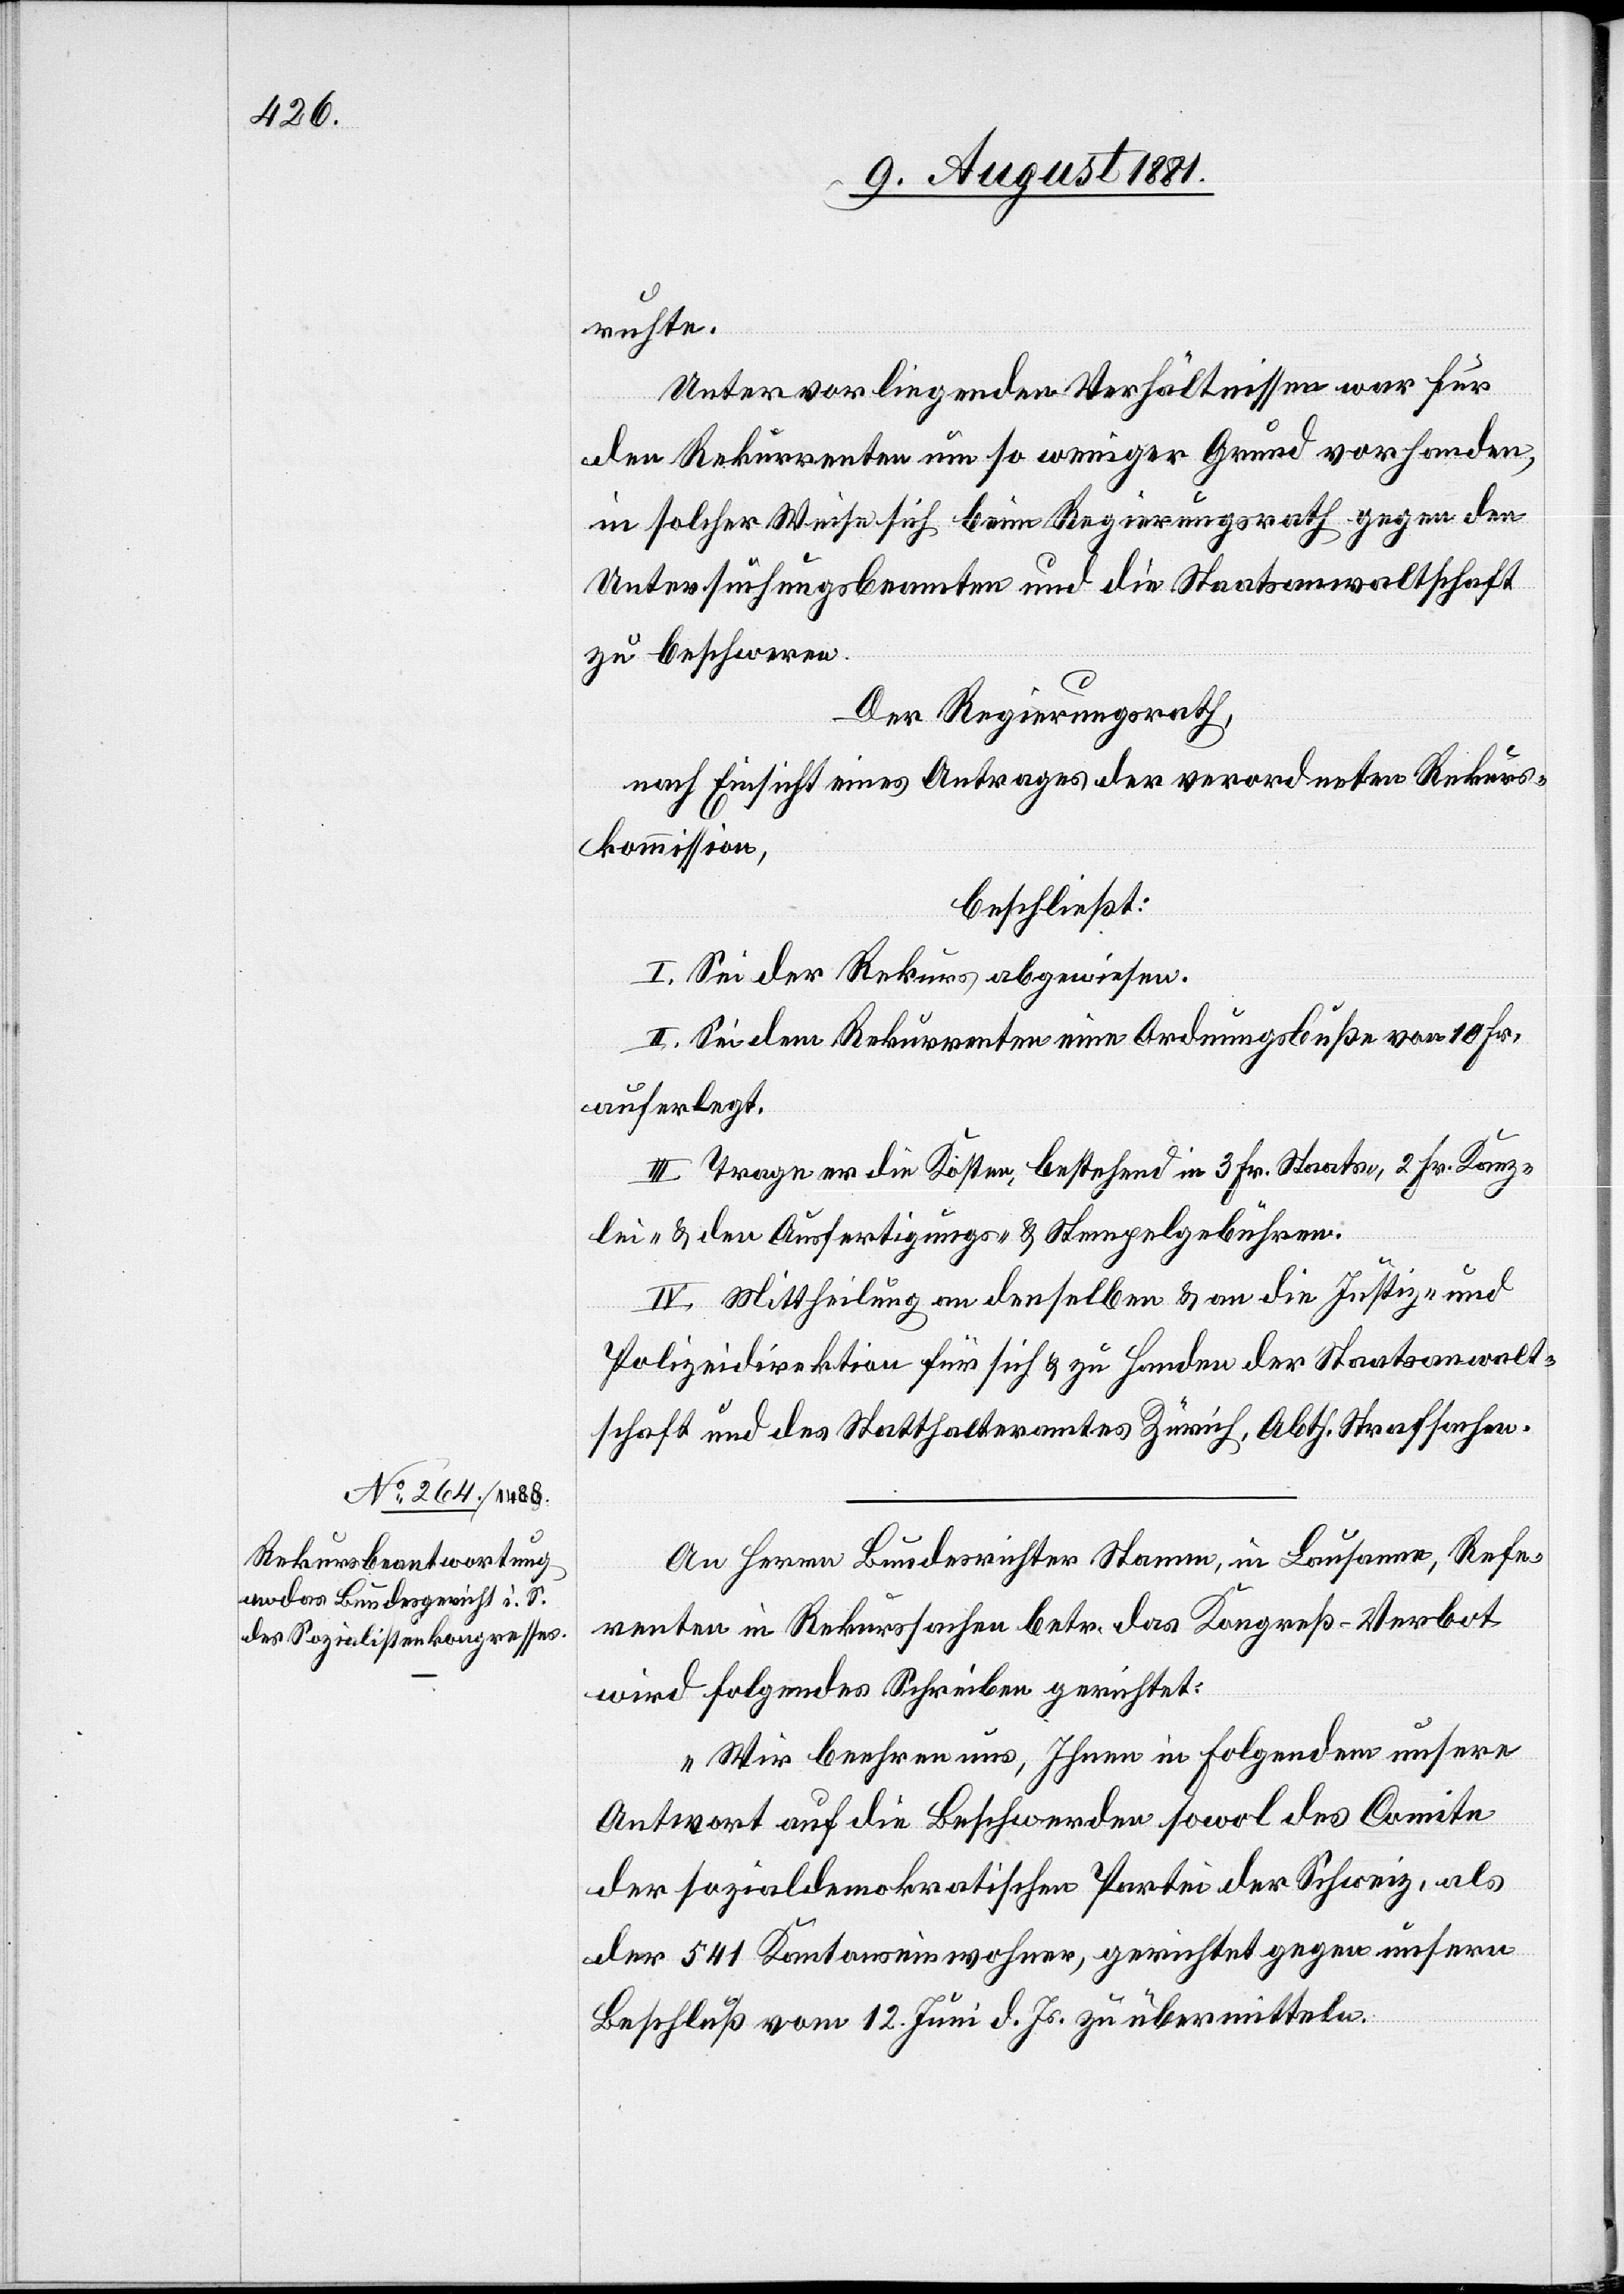
ruhte.
Unter vorliegenden Verhältnissen war für
den Rekurrenten um so weniger Grund vorhanden,
in solcher Weise sich beim Regierungsrath gegen den
Untersuchungsbeamten und die Staatsanwaltschaft
zu beschweren.
Der Regierungsrath,
nach Einsicht eines Antrages der verordneten Rekurs¬
kommission,
beschließt:
I. Sei der Rekurs abgewiesen.
II. Sei dem Rekurrenten eine Ordnungsbuße von 10 Fr.
auferlegt.
III. Trage er die Kosten, bestehend in 3. Fr. Staats, 2. Fr. Kanz¬
lei- & den Ausfertigungs- & Stempelgebühren.
IV. Mittheilung an denselben & an die Justiz- &
Polizeidirektion für sich und zu Handen der Staatsanwalt¬
schaft und des Statthalteramtes Zürich, Abth. Strafsachen.
An Herrn Bundesrichter Stamm, in Lausanne, Refe¬
renten in Rekurssachen betr. das Kongreß-Verbot
wird folgendes Schreiben gerichtet:
„Wir beehren uns, Ihnen in Folgendem unsere
Antwort auf die Beschwerde sowol des Comite
der sozialdemokratischen Partei der Schweiz, als
der 541 Kantonseinwohner, gerichtet gegen unsern
Beschluß vom 12. Juni d. Js. zu übermitteln.